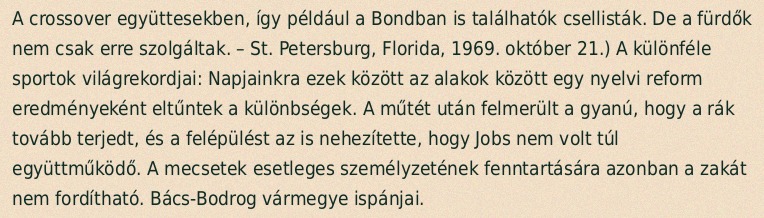
A crossover együttesekben, így például a Bondban is találhatók csellisták. De a fürdők nem csak erre szolgáltak. – St. Petersburg, Florida, 1969. október 21.) A különféle sportok világrekordjai: Napjainkra ezek között az alakok között egy nyelvi reform eredményeként eltűntek a különbségek. A műtét után felmerült a gyanú, hogy a rák tovább terjedt, és a felépülést az is nehezítette, hogy Jobs nem volt túl együttműködő. A mecsetek esetleges személyzetének fenntartására azonban a zakát nem fordítható. Bács-Bodrog vármegye ispánjai.